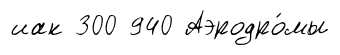
иак 300 940 Аэродро́мы